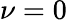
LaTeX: \nu=0